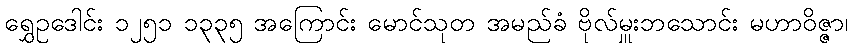
ရွှေဥဒေါင်း ၁၂၅၁ ၁၃၃၅ အကြောင်း မောင်သုတ အမည်ခံ ဗိုလ်မှူးဘသောင်း မဟာဝိဇ္ဇာ၊